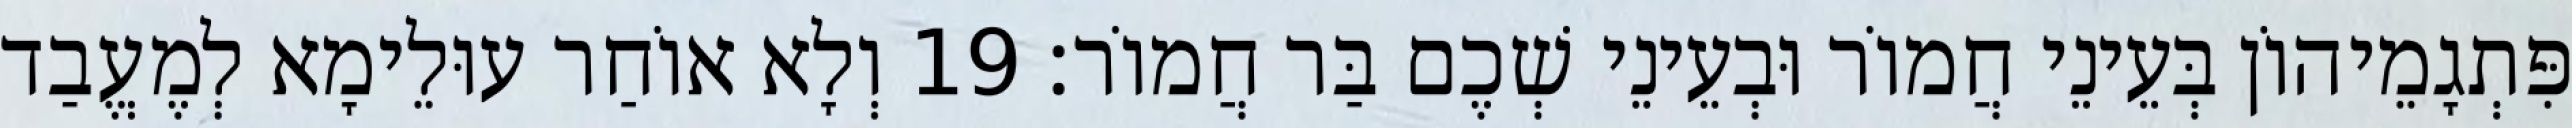
פִּתְגָמֵיהוֹן בְּעֵינֵי חֲמוֹר וּבְעֵינֵי שְׁכֶם בַּר חֲמוֹר׃ 19 וְלָא אוֹחַר עוּלֵימָא לְמֶעֱבַד